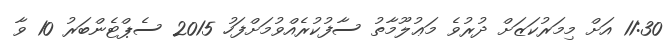
11:30 އަށް މިމަރުކަޒަށް ދުރުވެ މަޢުލޫމާތު ސާފުކުރެއްވުމަށްފަހު 2015 ސެޕްޓެންބަރު 10 ވާ